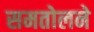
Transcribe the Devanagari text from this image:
समतोलने